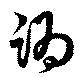
訛